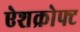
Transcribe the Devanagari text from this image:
ऐशक्रोफ्ट